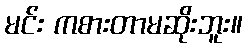
မင်း ကစားတာမဆိုးဘူး။